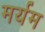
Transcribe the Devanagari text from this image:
मर्यम